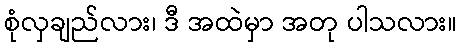
စုံလှချည်လား၊ ဒီ အထဲမှာ အတု ပါသလား။